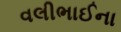
વલીભાઈના